Lunatic asylums Bombay report 1891-1903 - 1891-1903
Year: 1891
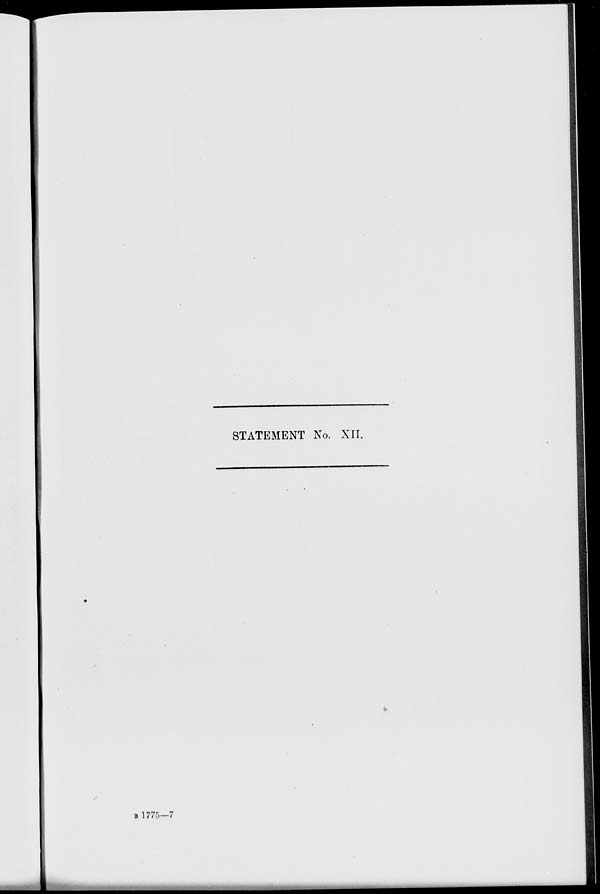
STATEMENT No. XII.
B 1775—7